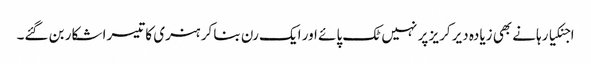
اجنکیا رہانے بھی زیادہ دیر کریز پر نہیں ٹک پائے اور ایک رن بنا کر ہنری کا تیسرا شکار بن گئے۔